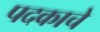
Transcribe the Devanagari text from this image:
पदकाचे